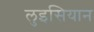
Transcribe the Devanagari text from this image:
लुइसियान